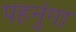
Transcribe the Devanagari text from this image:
पहनुंगा